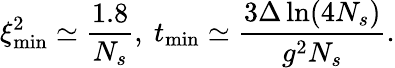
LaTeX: \xi_{\mathrm{min}}^{2}\simeq\frac{1.8}{N_{s}},\mathrm{~}t_{\mathrm{min}}\simeq\frac{3\Delta\ln(4N_{s})}{g^{2}N_{s}}.